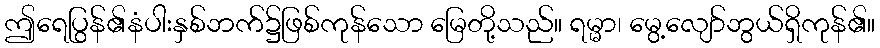
ဤရေပြွန်၏နံပါးနှစ်ဘက်၌ဖြစ်ကုန်သော မြေတို့သည်။ ရမ္မာ၊ မွေ့လျော်ဘွယ်ရှိကုန်၏။